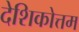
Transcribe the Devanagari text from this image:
देशिकोत्तम